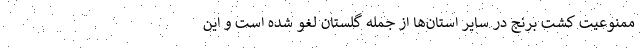
ممنوعیت کشت برنج در سایر استان‌ها از جمله گلستان لغو شده است و این